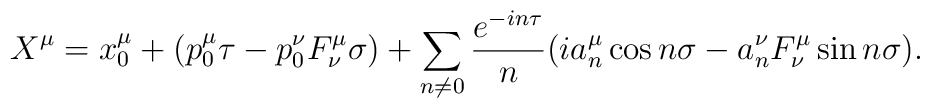
X^{\mu} = x_0^{\mu} + (p_0^{\mu} \tau - p_0^{\nu} F_{\nu}^{\mu} \sigma) + \sum_{n\neq 0}{e^{- i n \tau}\over n}(i a^{\mu}_n \cos n\sigma - a^{\nu}_n F_{\nu}^{\mu} \sin n\sigma).